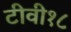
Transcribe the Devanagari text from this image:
टीवी१८